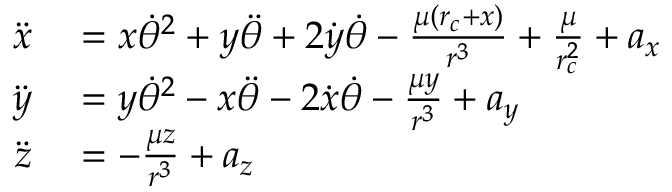
\begin{array} { r l } { \ddot { x } } & { { } = x \dot { \theta } ^ { 2 } + y \ddot { \theta } + 2 \dot { y } \dot { \theta } - \frac { \mu ( r _ { c } + x ) } { r ^ { 3 } } + \frac { \mu } { r _ { c } ^ { 2 } } + a _ { x } } \\ { \ddot { y } } & { { } = y \dot { \theta } ^ { 2 } - x \ddot { \theta } - 2 \dot { x } \dot { \theta } - \frac { \mu y } { r ^ { 3 } } + a _ { y } } \\ { \ddot { z } } & { { } = - \frac { \mu z } { r ^ { 3 } } + a _ { z } } \end{array}